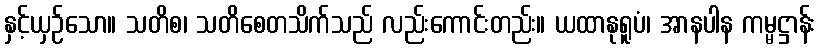
နှင့်ယှဉ်သော။ သတိစ၊ သတိစေတသိက်သည် လည်းကောင်းတည်း။ ယထာနုရူပံ၊ အာနပါန ကမ္မဋ္ဌာန်း